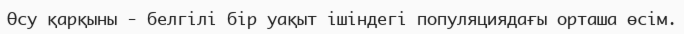
Өсу қарқыны - белгілі бір уақыт ішіндегі популяциядағы орташа өсім.